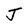
Character: J